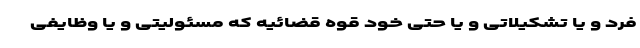
فرد و یا تشکیلاتی و یا حتی خود قوه قضائیه که مسئولیتی و یا وظایفی